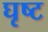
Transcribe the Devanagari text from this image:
घृष्ट